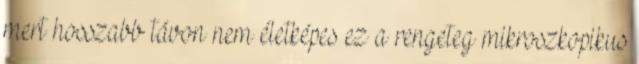
mert hosszabb távon nem életképes ez a rengeteg mikroszkopikus